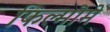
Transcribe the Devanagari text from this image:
फिल्मोमे